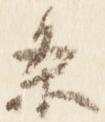
条